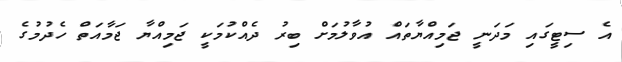
އެ ސިޓީގައި މަދަނީ ޖަމިއްޔާތައް އުވާލުމަށް ބިރު ދެއްކުމަކީ ޖަމިއްޔާ ޖަމާއަތް ހެދުމުގެ